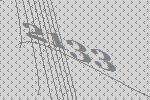
2133